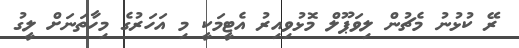
ރޭ ކުޅުނު މެޗުން ލިވަޕޫލް މޮޅުވިއިރު އެޓީމަކީ މި އަހަރުގެ މިހާތަނަށް ލީގު